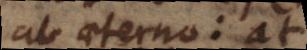
ab aeterno: at